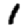
Digit: 1